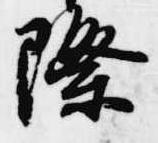
際